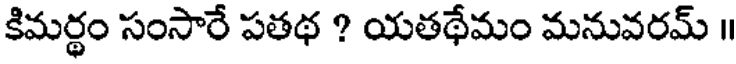
కిమర్థం సంసారే పతథ ? యతథేమం మనువరమ్ ॥